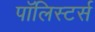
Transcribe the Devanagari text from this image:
पॉलिस्टर्स